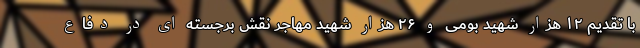
با تقدیم ۱۲ هزار شهید بومی و ۲۶ هزار شهید مهاجر نقش برجسته ای در دفاع